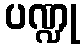
ပဏ္ဍု